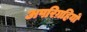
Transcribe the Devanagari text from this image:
अपरिग्रहियों